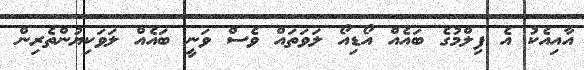
އާއިއެކު އެ ފިލްމުގެ ބައެއް އޯޑިއޯ ލަވަތައް ވެސް ވަނީ ބައެއް ލަވަކިޔުންތެރިން